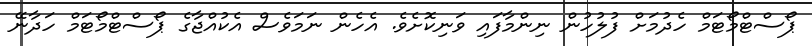
ޕޯސްޓްމޯޓަމް ހެދުމަށް ފުލުހުން ނިންމާފައި ވަނިކޮށެވެ. އެހެން ނަމަވެސް އެކުއްޖާގެ ޕޯސްޓްމޯޓަމް ހަދާނޭ